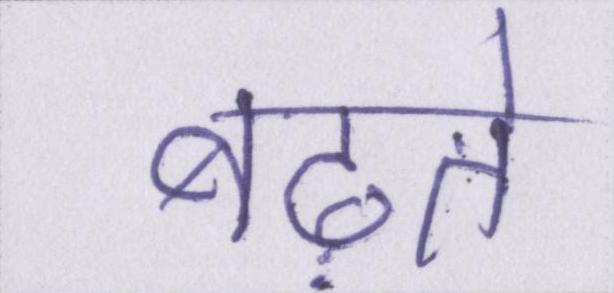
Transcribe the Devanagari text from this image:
बढ़ते